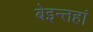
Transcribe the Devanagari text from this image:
बेइन्तहां